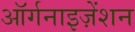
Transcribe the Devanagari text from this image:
ऑर्गनाइज़ेंशन